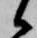
候